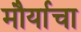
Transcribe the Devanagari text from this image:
मौर्याचा